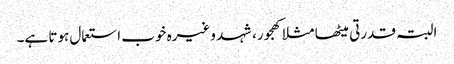
البتہ قدرتی میٹھا مثلا کھجور، شہد وغیرہ خوب استعمال ہوتا ہے۔